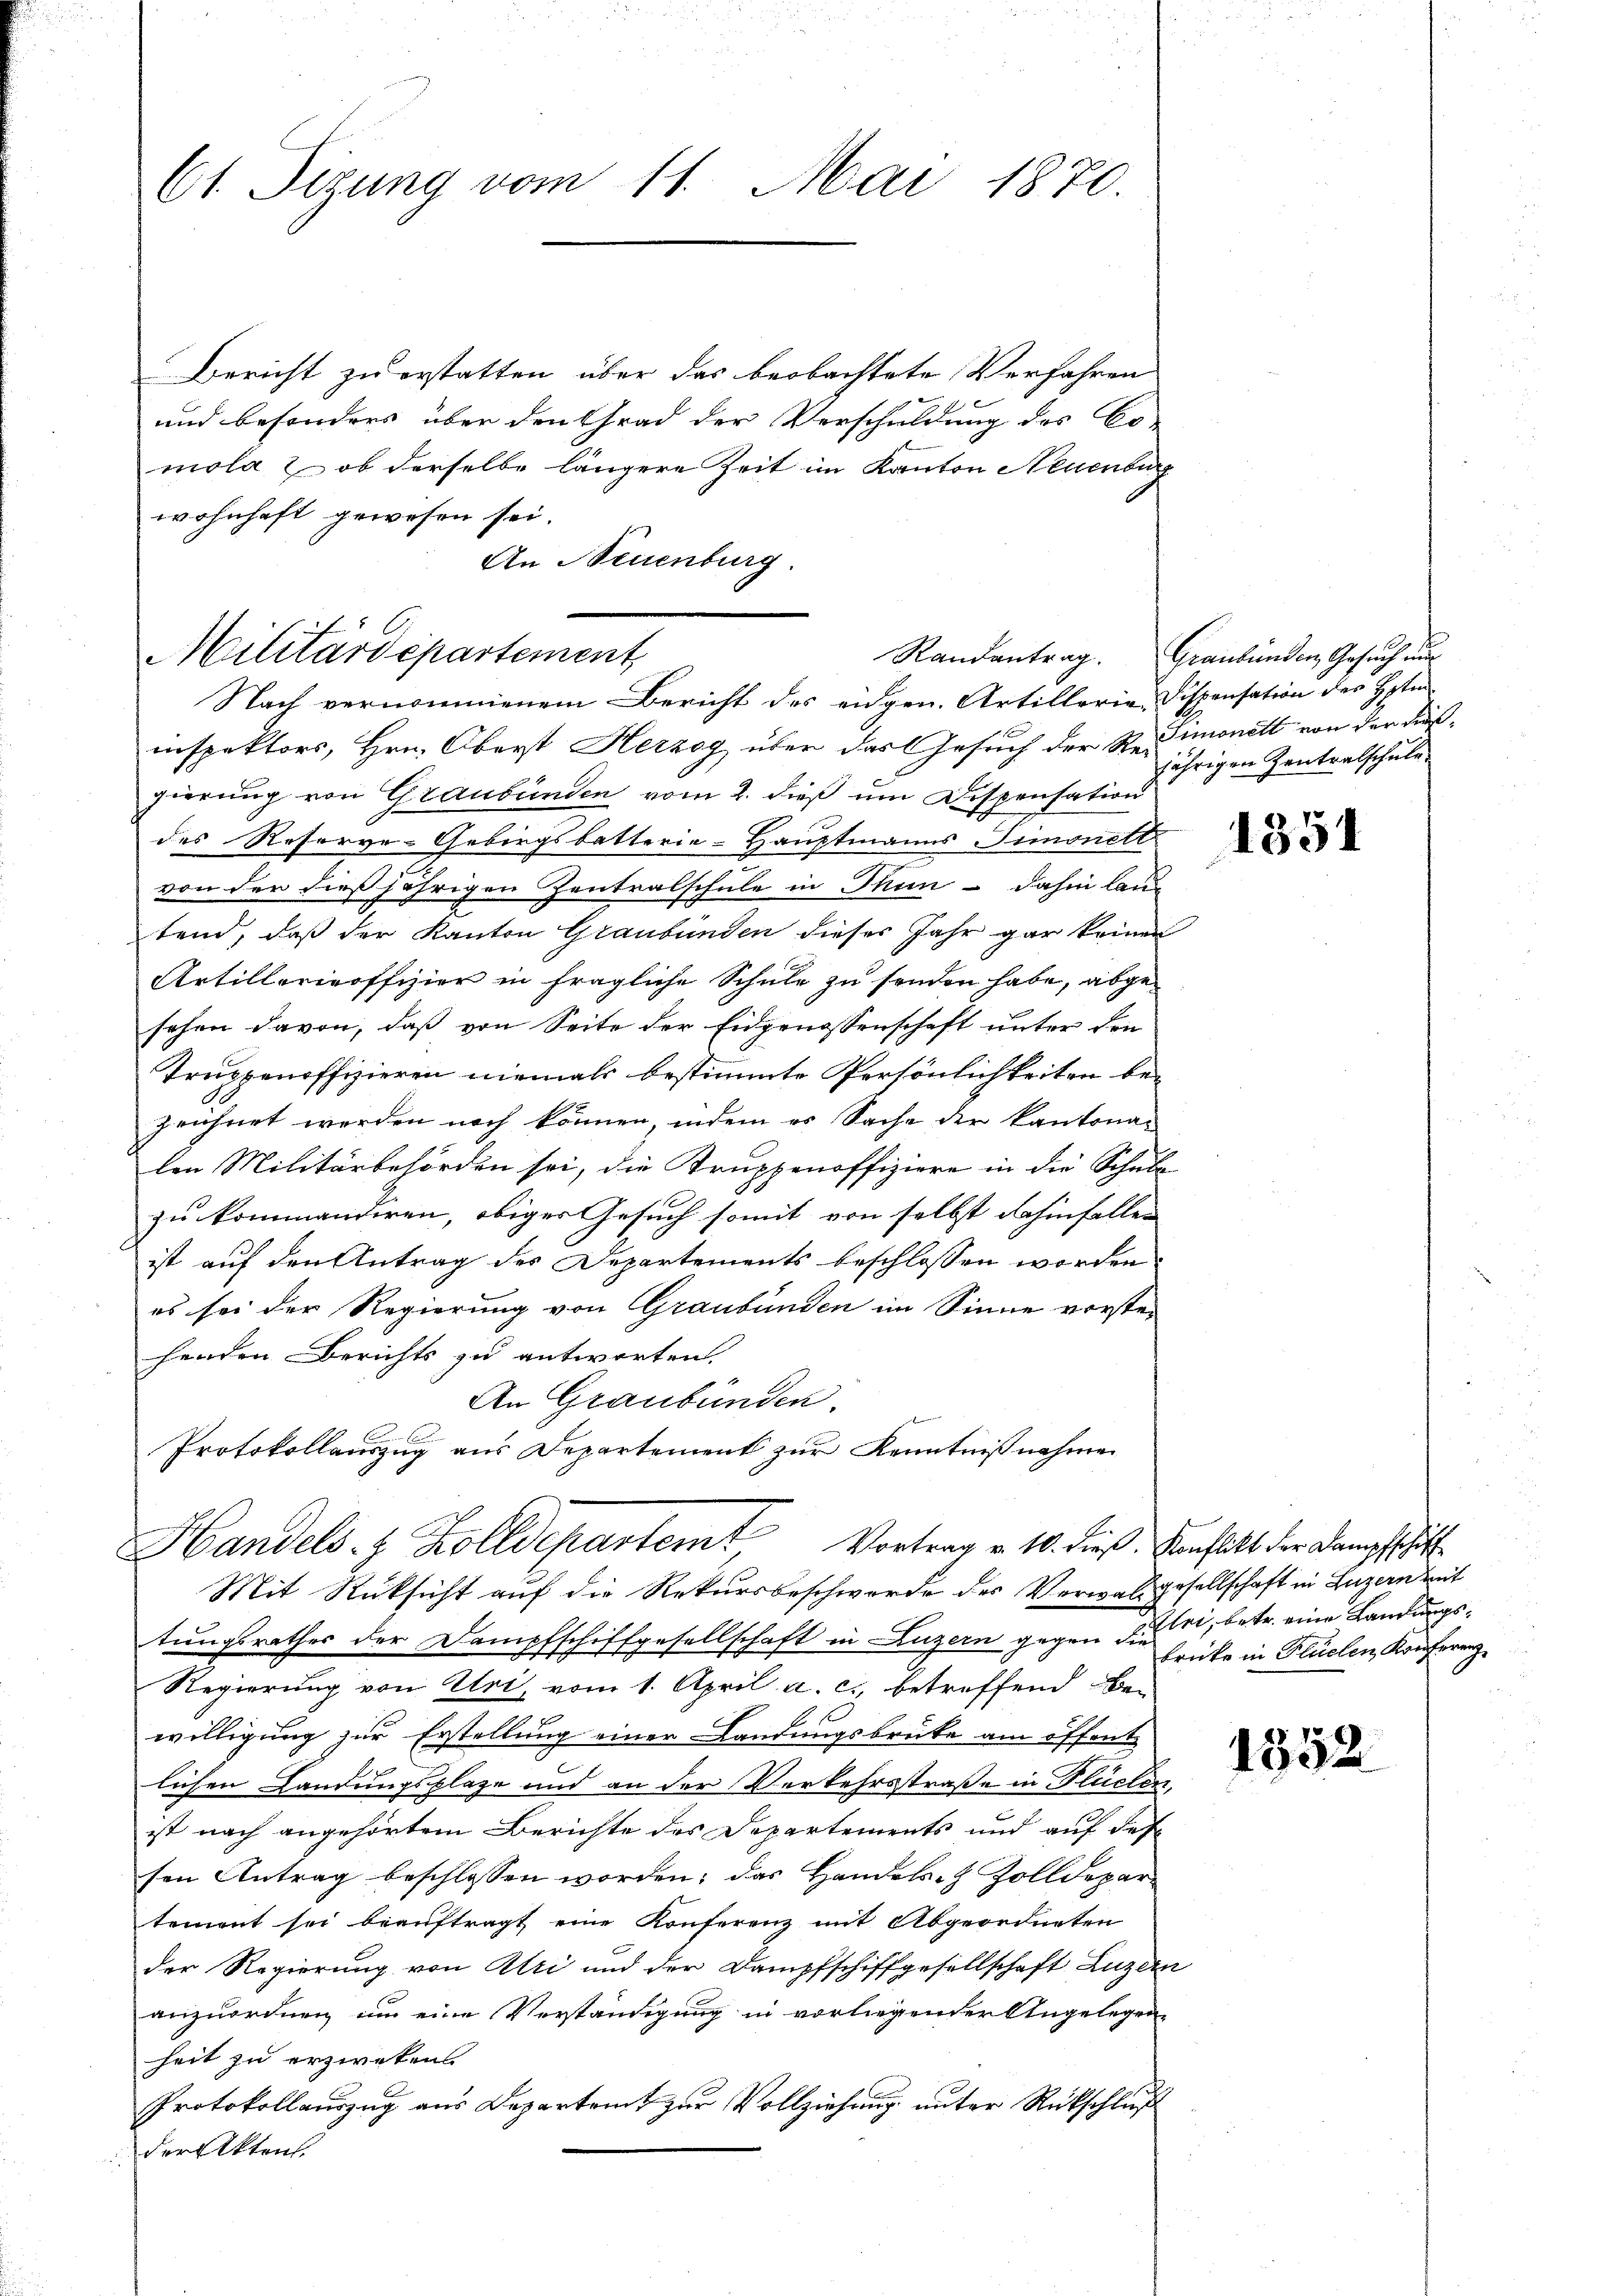
Militärdepartement,
Nach vernommenem Bericht des eidgen. Artillerie Dispensation des Hpten

61. Sizung vom 11. Mai 1870.

Bericht zu erstatten über das beobachtete Verfahren
und besonders über den Grad der Verschuldung des Co-
mola & ob derselbe längere Zeit im Kanton Neuenburg
wohnhaft gewesen sei.
An Neuenburg.

inspektors, Hrn. Oberst Herzog über das Gesuch der Redimonett von der diesgierung von Graubünden vom 2. dieß um Dispensation
des Reserve-Gebirgsbatterie-Hauptmanns-Timonett
von der dießjährigen Zentralschule in Thun - dahin lau-
tend, daß der Kanton Graubünden dieses Jahr gar keinen
Artillerieoffizier in fragliche Schule zu senden habe, abgesehen davon, daß von Seite der Eidgenossenschaft unter den
Truppenoffizieren niemals bestimmte Persönlichkeiten be-
prühret werden noch können, indem es Sache der kantona-
len Militärbehörden sei, die Truppenoffiziere in die Schule
zu kommandiren, obiger Gesuch somit von selbst dahinfallen |
ist auf den Antrag des Departements beschlossen worden
es sei der Regierung von Graubünden im Sinne vorstehenden Berichts zu antworten.
An Graubünden.
Protokollauszug aus Departement zur Kenntnißnahmen
Handels- & Kolldepartem Vortrag v. 10. dieß. Konflikt der Dampfschi
Mit Rücksicht auf die Rekursbeschwerde des Verwaltgesellschaft in Luzern mit
tungsrathes der Dampfschiffgesellschaft in Luzern gegen diri, betr. eine Landungs¬
Regierung von Uri, vom 1. April a. c. betreffend Be-
willigung zur Erstellung einer Landungsbrüke am öffent
lichen Landungsplaze und an der Verkehrsstraße in Flüelen,
ist nach angehörtem Berichte des Departements und auf des
sen Antrag beschlossen worden; das Handels- & Zolldepartement sei beauftragt eine Konferenz mit Abgeordneten
der Regierung von Uri und der Dampfschiffgesellschaft Luzern
anzuordnen um eine Verständigung in vorliegender Angelegen-
heit zu erzweken
Protokollauszug aus Departeit zur Vollziehung unter Rückschluß
der Akten.

Randantrag. Graubünden Gesuch nu

jährigen Zentralschule

brücke in Flüelen Konferenz

1351

1352